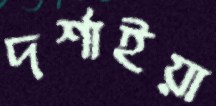
দর্শাইয়া